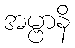
အမ္ဗာနိ